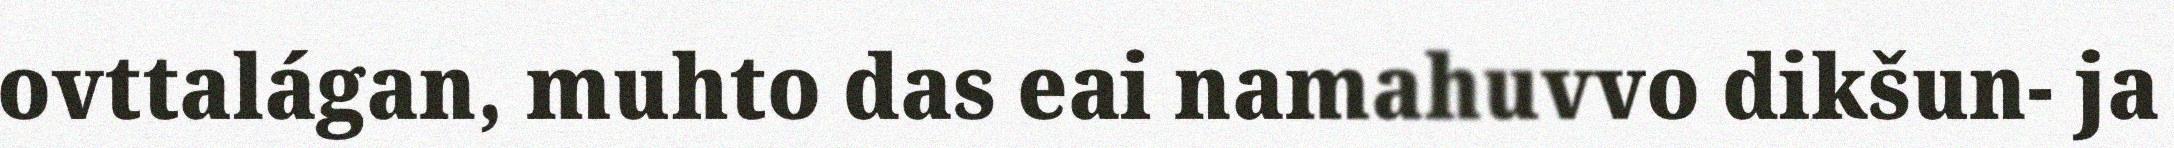
ovttalágan, muhto das eai namahuvvo dikšun- ja